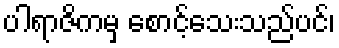
ပါရာဇိကမှ စောင့်သေးသည်ပင်၊